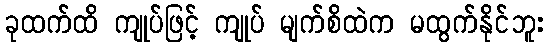
ခုထက်ထိ ကျုပ်ဖြင့် ကျုပ် မျက်စိထဲက မထွက်နိုင်ဘူး